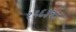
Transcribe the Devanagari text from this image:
१९६३चा